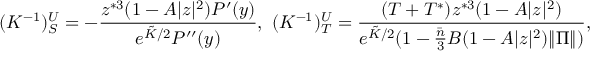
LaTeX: ( K ^ { - 1 } ) _ { S } ^ { U } = - \frac { z ^ { * 3 } ( 1 - A | z | ^ { 2 } ) P ^ { \prime } ( y ) } { e ^ { \tilde { K } / 2 } P ^ { \prime \prime } ( y ) } , \mathrm { ~ } ( K ^ { - 1 } ) _ { T } ^ { U } = \frac { ( T + T ^ { * } ) z ^ { * 3 } ( 1 - A | z | ^ { 2 } ) } { e ^ { \tilde { K } / 2 } ( 1 - \frac { \bar { n } } { 3 } B ( 1 - A | z | ^ { 2 } ) \| \Pi \| ) } ,